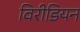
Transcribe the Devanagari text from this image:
विरीडियन